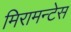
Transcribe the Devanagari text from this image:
मिरामन्टेस